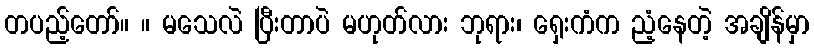
တပည့်တော်။ ။ မသေလဲ ပြီးတာပဲ မဟုတ်လား ဘုရား၊ ရှေးကံက ညံ့နေတဲ့ အချိန်မှာ